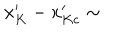
LaTeX: x _ { K } ^ { \prime } - x _ { K c } ^ { \prime } \sim